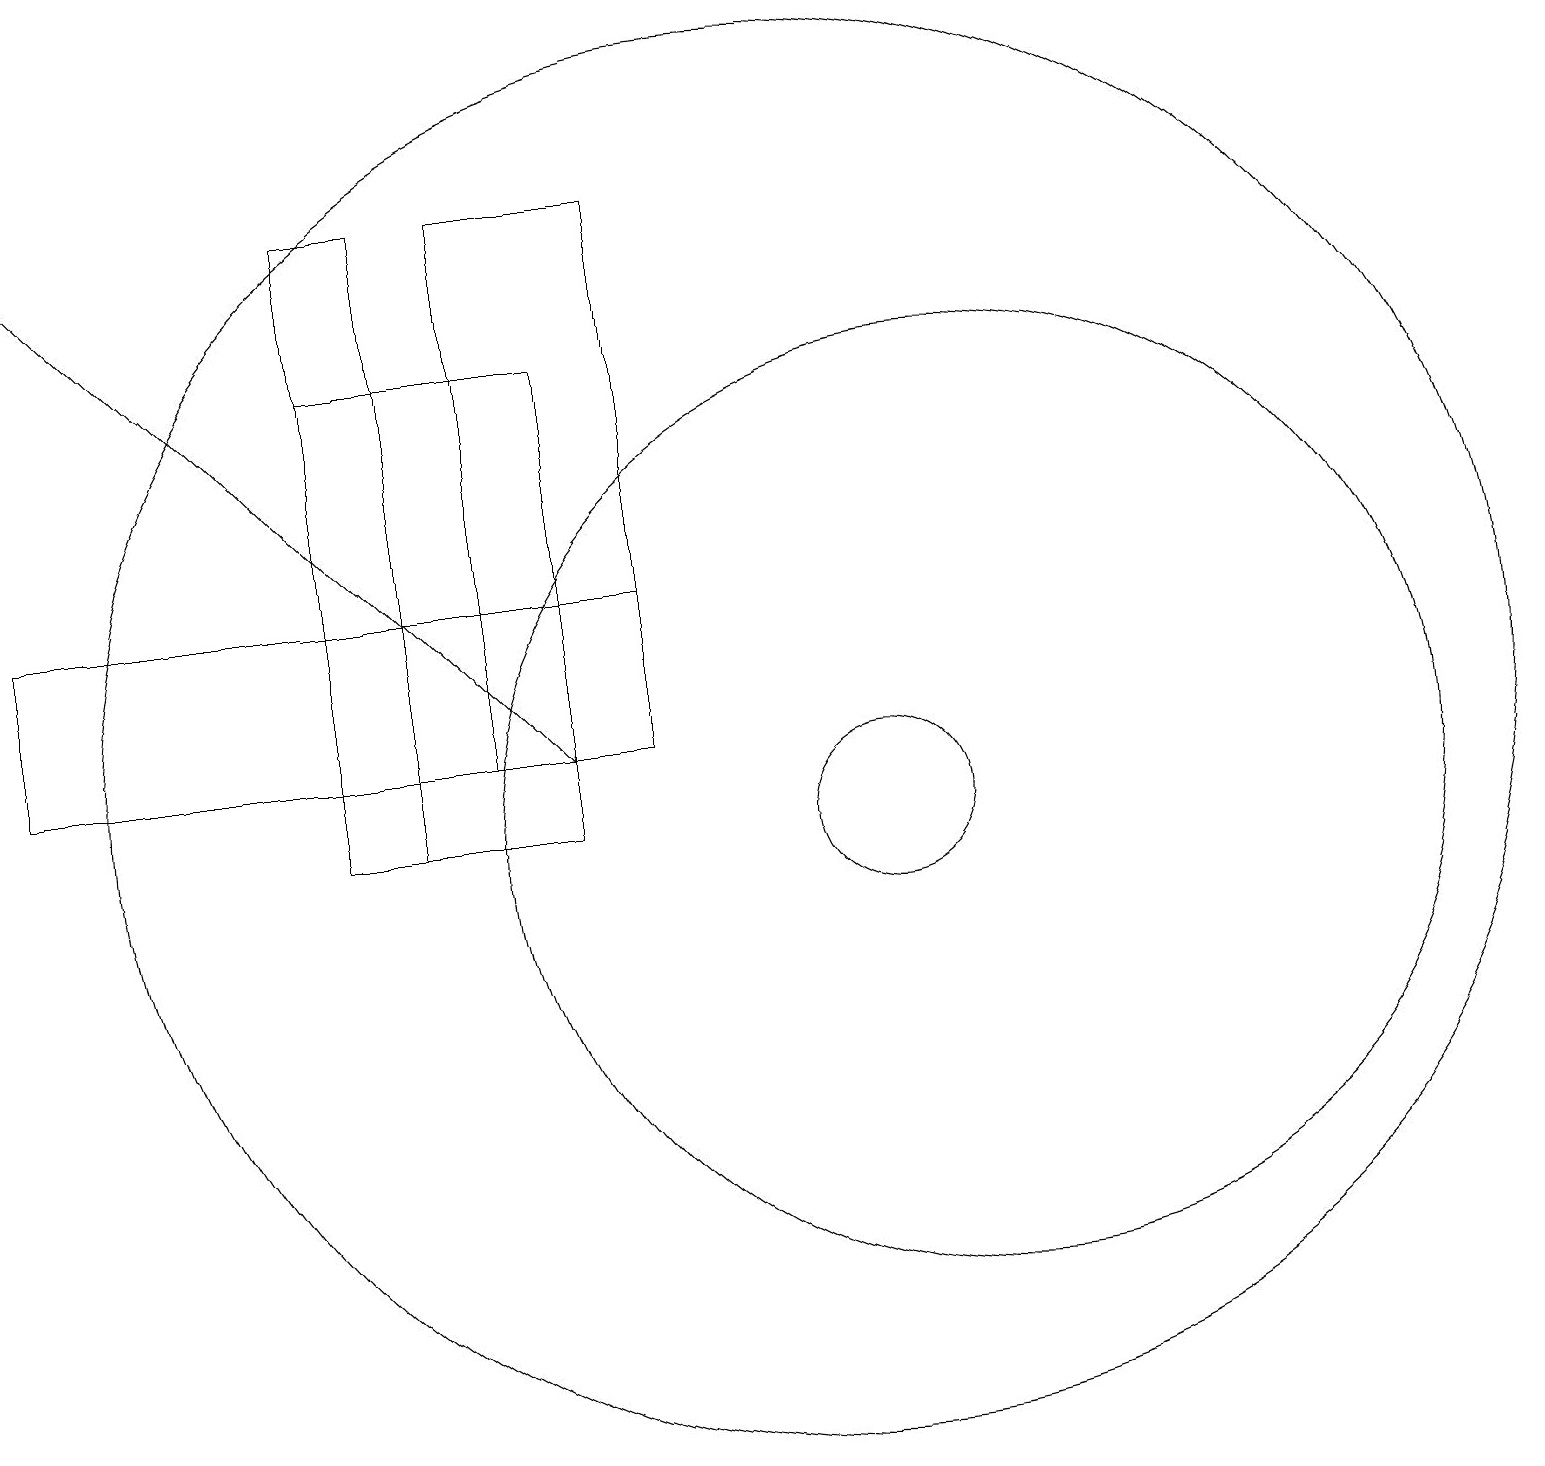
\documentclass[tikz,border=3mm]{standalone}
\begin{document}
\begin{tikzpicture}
\draw (5,18) rectangle (4,10);
\draw (0,13) rectangle (8,11);
\draw (12,10) circle (6);
\draw[->] (0,18) -- (7,11);
\draw (10,11) circle (9);
\draw (6,11) rectangle (8,18);
\draw (4,16) rectangle (7,10);
\draw (11,10) circle (1);
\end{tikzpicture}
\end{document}